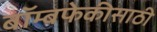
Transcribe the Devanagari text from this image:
बॉम्बफेकीसाठी